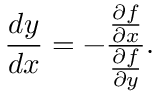
{ \frac { d y } { d x } } = - { \frac { \frac { \partial f } { \partial x } } { \frac { \partial f } { \partial y } } } .